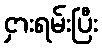
ငှားရမ်းပြီး